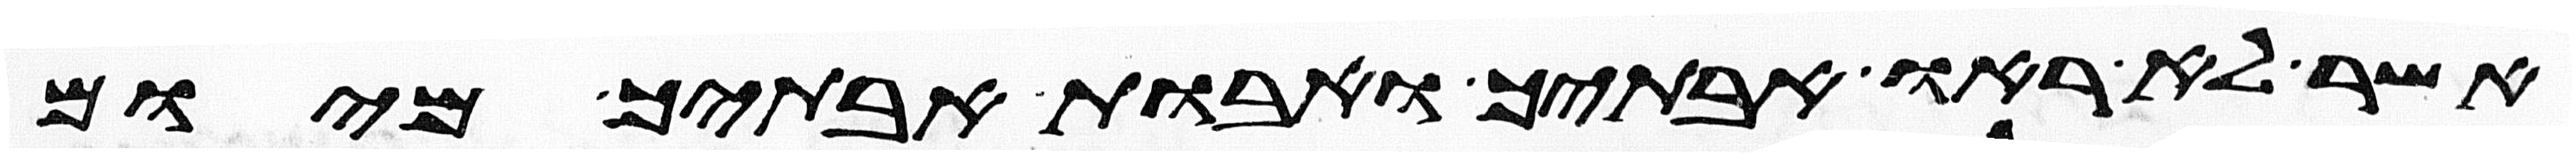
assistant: אשר לא ראו אבתיך ואבות אבתיך מיום